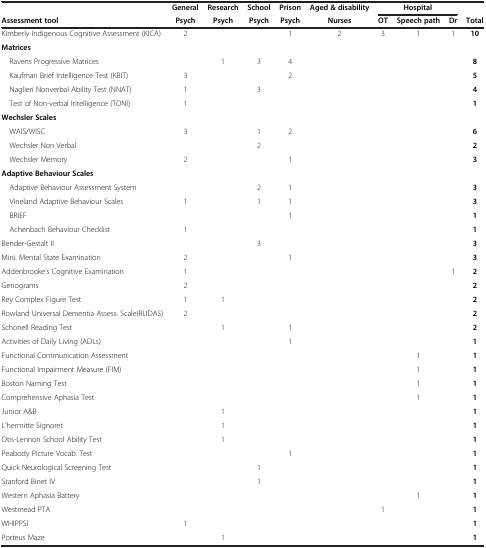
<table><thead><tr><td><b> </b></td><td><b>General</b></td><td><b>Research</b></td><td><b>School</b></td><td><b>Prison</b></td><td><b>Aged &amp; disability</b></td><td colspan="3"><b>Hospital</b></td><td><b> </b></td></tr><tr><td><b>Assessment tool</b></td><td><b>Psych</b></td><td><b>Psych</b></td><td><b>Psych</b></td><td><b>Psych</b></td><td><b>Nurses</b></td><td><b>OT</b></td><td><b>Speech path</b></td><td><b>Dr</b></td><td><b>Total</b></td></tr></thead><tbody><tr><td>Kimberly Indigenous Cognitive Assessment (KICA)</td><td>2</td><td> </td><td> </td><td>1</td><td>2</td><td>3</td><td>1</td><td>1</td><td><b>10</b></td></tr><tr><td><b>Matrices</b></td><td> </td><td> </td><td> </td><td> </td><td> </td><td> </td><td> </td><td> </td><td> </td></tr><tr><td> Ravens Progressive Matrices</td><td> </td><td>1</td><td>3</td><td>4</td><td> </td><td> </td><td> </td><td> </td><td><b>8</b></td></tr><tr><td> Kaufman Brief Intelligence Test (KBIT)</td><td>3</td><td> </td><td> </td><td>2</td><td> </td><td> </td><td> </td><td> </td><td><b>5</b></td></tr><tr><td> Naglieri Nonverbal Ability Test (NNAT)</td><td>1</td><td> </td><td>3</td><td> </td><td> </td><td> </td><td> </td><td> </td><td><b>4</b></td></tr><tr><td> Test of Non-verbal Intelligence (TONI)</td><td>1</td><td> </td><td> </td><td> </td><td> </td><td> </td><td> </td><td> </td><td><b>1</b></td></tr><tr><td><b>Wechsler Scales</b></td><td> </td><td> </td><td> </td><td> </td><td> </td><td> </td><td> </td><td> </td><td> </td></tr><tr><td> WAIS/WISC</td><td>3</td><td> </td><td>1</td><td>2</td><td> </td><td> </td><td> </td><td> </td><td><b>6</b></td></tr><tr><td> Wechsler Non Verbal</td><td> </td><td> </td><td>2</td><td> </td><td> </td><td> </td><td> </td><td> </td><td><b>2</b></td></tr><tr><td> Wechsler Memory</td><td>2</td><td> </td><td> </td><td>1</td><td> </td><td> </td><td> </td><td> </td><td><b>3</b></td></tr><tr><td><b>Adaptive Behaviour Scales</b></td><td> </td><td> </td><td> </td><td> </td><td> </td><td> </td><td> </td><td> </td><td> </td></tr><tr><td> Adaptive Behaviour Assessment System</td><td> </td><td> </td><td>2</td><td>1</td><td> </td><td> </td><td> </td><td> </td><td><b>3</b></td></tr><tr><td> Vineland Adaptive Behaviour Scales</td><td>1</td><td> </td><td>1</td><td>1</td><td> </td><td> </td><td> </td><td> </td><td><b>3</b></td></tr><tr><td> BRIEF</td><td> </td><td> </td><td> </td><td>1</td><td> </td><td> </td><td> </td><td> </td><td><b>1</b></td></tr><tr><td> Achenbach Behaviour Checklist</td><td>1</td><td> </td><td> </td><td> </td><td> </td><td> </td><td> </td><td> </td><td><b>1</b></td></tr><tr><td>Bender-Gestalt II</td><td> </td><td> </td><td>3</td><td> </td><td> </td><td> </td><td> </td><td> </td><td><b>3</b></td></tr><tr><td>Mini. Mental State Examination</td><td>2</td><td> </td><td> </td><td>1</td><td> </td><td> </td><td> </td><td> </td><td><b>3</b></td></tr><tr><td>Addenbrooke’s Cognitive Examination</td><td>1</td><td> </td><td> </td><td> </td><td> </td><td> </td><td> </td><td>1</td><td><b>2</b></td></tr><tr><td>Genograms</td><td>2</td><td> </td><td> </td><td> </td><td> </td><td> </td><td> </td><td> </td><td><b>2</b></td></tr><tr><td>Rey Complex Figure Test</td><td>1</td><td>1</td><td> </td><td> </td><td> </td><td> </td><td> </td><td> </td><td><b>2</b></td></tr><tr><td>Rowland Universal Dementia Assess. Scale(RUDAS)</td><td>2</td><td> </td><td> </td><td> </td><td> </td><td> </td><td> </td><td> </td><td><b>2</b></td></tr><tr><td>Schonell Reading Test</td><td> </td><td>1</td><td> </td><td>1</td><td> </td><td> </td><td> </td><td> </td><td><b>2</b></td></tr><tr><td>Activities of Daily Living (ADLs)</td><td> </td><td> </td><td> </td><td>1</td><td> </td><td> </td><td> </td><td> </td><td><b>1</b></td></tr><tr><td>Functional Communication Assessment</td><td> </td><td> </td><td> </td><td> </td><td> </td><td> </td><td>1</td><td> </td><td><b>1</b></td></tr><tr><td>Functional Impairment Measure (FIM)</td><td> </td><td> </td><td> </td><td> </td><td> </td><td> </td><td>1</td><td> </td><td><b>1</b></td></tr><tr><td>Boston Naming Test</td><td> </td><td> </td><td> </td><td> </td><td> </td><td> </td><td>1</td><td> </td><td><b>1</b></td></tr><tr><td>Comprehensive Aphasia Test</td><td> </td><td> </td><td> </td><td> </td><td> </td><td> </td><td>1</td><td> </td><td><b>1</b></td></tr><tr><td>Junior A&amp;B</td><td> </td><td>1</td><td> </td><td> </td><td> </td><td> </td><td> </td><td> </td><td><b>1</b></td></tr><tr><td>L&#x27;hermitte Signoret</td><td> </td><td>1</td><td> </td><td> </td><td> </td><td> </td><td> </td><td> </td><td><b>1</b></td></tr><tr><td>Otis-Lennon School Ability Test</td><td> </td><td>1</td><td> </td><td> </td><td> </td><td> </td><td> </td><td> </td><td><b>1</b></td></tr><tr><td>Peabody Picture Vocab. Test</td><td> </td><td> </td><td> </td><td>1</td><td> </td><td> </td><td> </td><td> </td><td><b>1</b></td></tr><tr><td>Quick Neurological Screening Test</td><td> </td><td> </td><td>1</td><td> </td><td> </td><td> </td><td> </td><td> </td><td><b>1</b></td></tr><tr><td>Stanford Binet IV</td><td> </td><td> </td><td>1</td><td> </td><td> </td><td> </td><td> </td><td> </td><td><b>1</b></td></tr><tr><td>Western Aphasia Battery</td><td> </td><td> </td><td> </td><td> </td><td> </td><td> </td><td>1</td><td> </td><td><b>1</b></td></tr><tr><td>Westmead PTA</td><td> </td><td> </td><td> </td><td> </td><td> </td><td>1</td><td> </td><td> </td><td><b>1</b></td></tr><tr><td>WHIPPSI</td><td>1</td><td> </td><td> </td><td> </td><td> </td><td> </td><td> </td><td> </td><td><b>1</b></td></tr><tr><td>Porteus Maze</td><td> </td><td>1</td><td> </td><td> </td><td> </td><td> </td><td> </td><td> </td><td><b>1</b></td></tr></tbody></table>